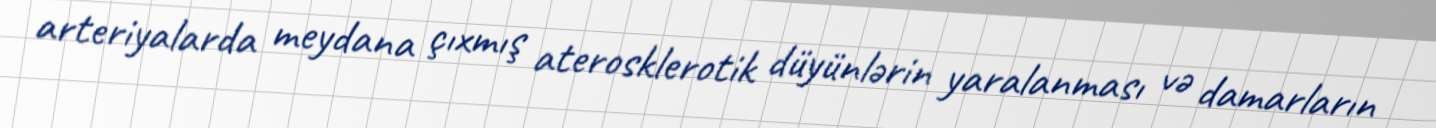
arteriyalarda meydana çıxmış aterosklerotik düyünlərin yaralanması və damarların